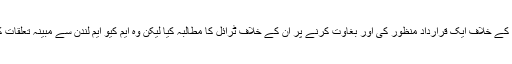
انھوں نے ایم کیو ایم کے بانی کے خلاف ایک قرارداد منظور کی اور بغاوت کرنے پر ان کے خلاف ٹرائل کا مطالبہ کیا لیکن وہ ایم کیو ایم لندن سے مبینہ تعلقات کے شکوک زائل نہ کر سکے۔